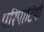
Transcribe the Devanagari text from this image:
परिपाटियो